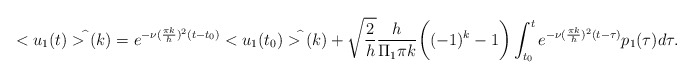
\begin{align*}<u_1(t)>^{\widehat{}}(k)=e^{-\nu (\frac{\pi k}{h})^2(t-t_0)}<u_1(t_0)>^{\widehat{}}(k)+\sqrt{\frac{2}{h}}\frac{h}{\Pi_1\pi k}\bigg((-1)^k-1\bigg) \int_{t_0}^t e^{-\nu (\frac{\pi k}{h})^2(t-\tau)}p_1(\tau)d\tau.\end{align*}